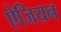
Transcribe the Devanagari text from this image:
ऐजियन